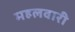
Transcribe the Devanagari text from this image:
महलवारी